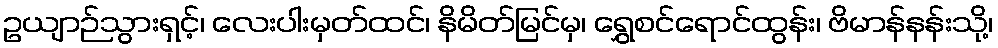
ဥယျာဉ်သွားရှင့်၊ လေးပါးမှတ်ထင်၊ နိမိတ်မြင်မှ၊ ရွှေစင်ရောင်ထွန်း၊ ဗိမာန်နန်းသို့၊